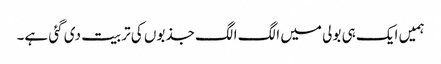
ہمیں ایک ہی بولی میں الگ الگ جذبوں کی تربیت دی گئی ہے۔